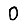
Digit: 0